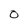
Character: o